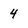
Character: 4